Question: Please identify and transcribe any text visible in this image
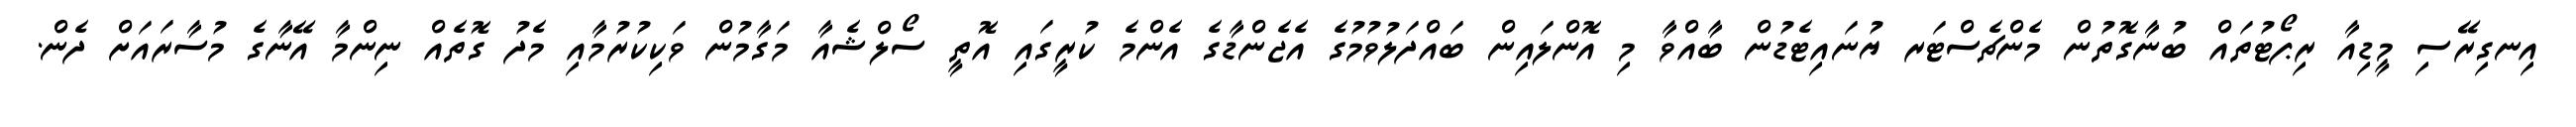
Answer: އިނގިރޭސި މީޑިއާ ރިޕޯޓުތައް ބުނާގޮތުން މެންޗެސްޓަރ ޔުނައިޓެޑުން ބާއްވާ މި އޮންލައިން ބައްދަލުވުމުގެ އެޖެންޑާގެ އެންމެ ކުރީގައި އޮތީ ސޯލްޝެއާ މަގާމުން ވަކިކުރުމާއި މެދު ގޮތެއް ނިންމާ އޭނާގެ މުސާރައަށް ދެން.